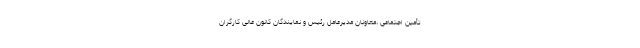
تأمین اجتماعی ،معاونان مدیرعامل رئیس و نمایندگان کانون‌ عالی کارگران